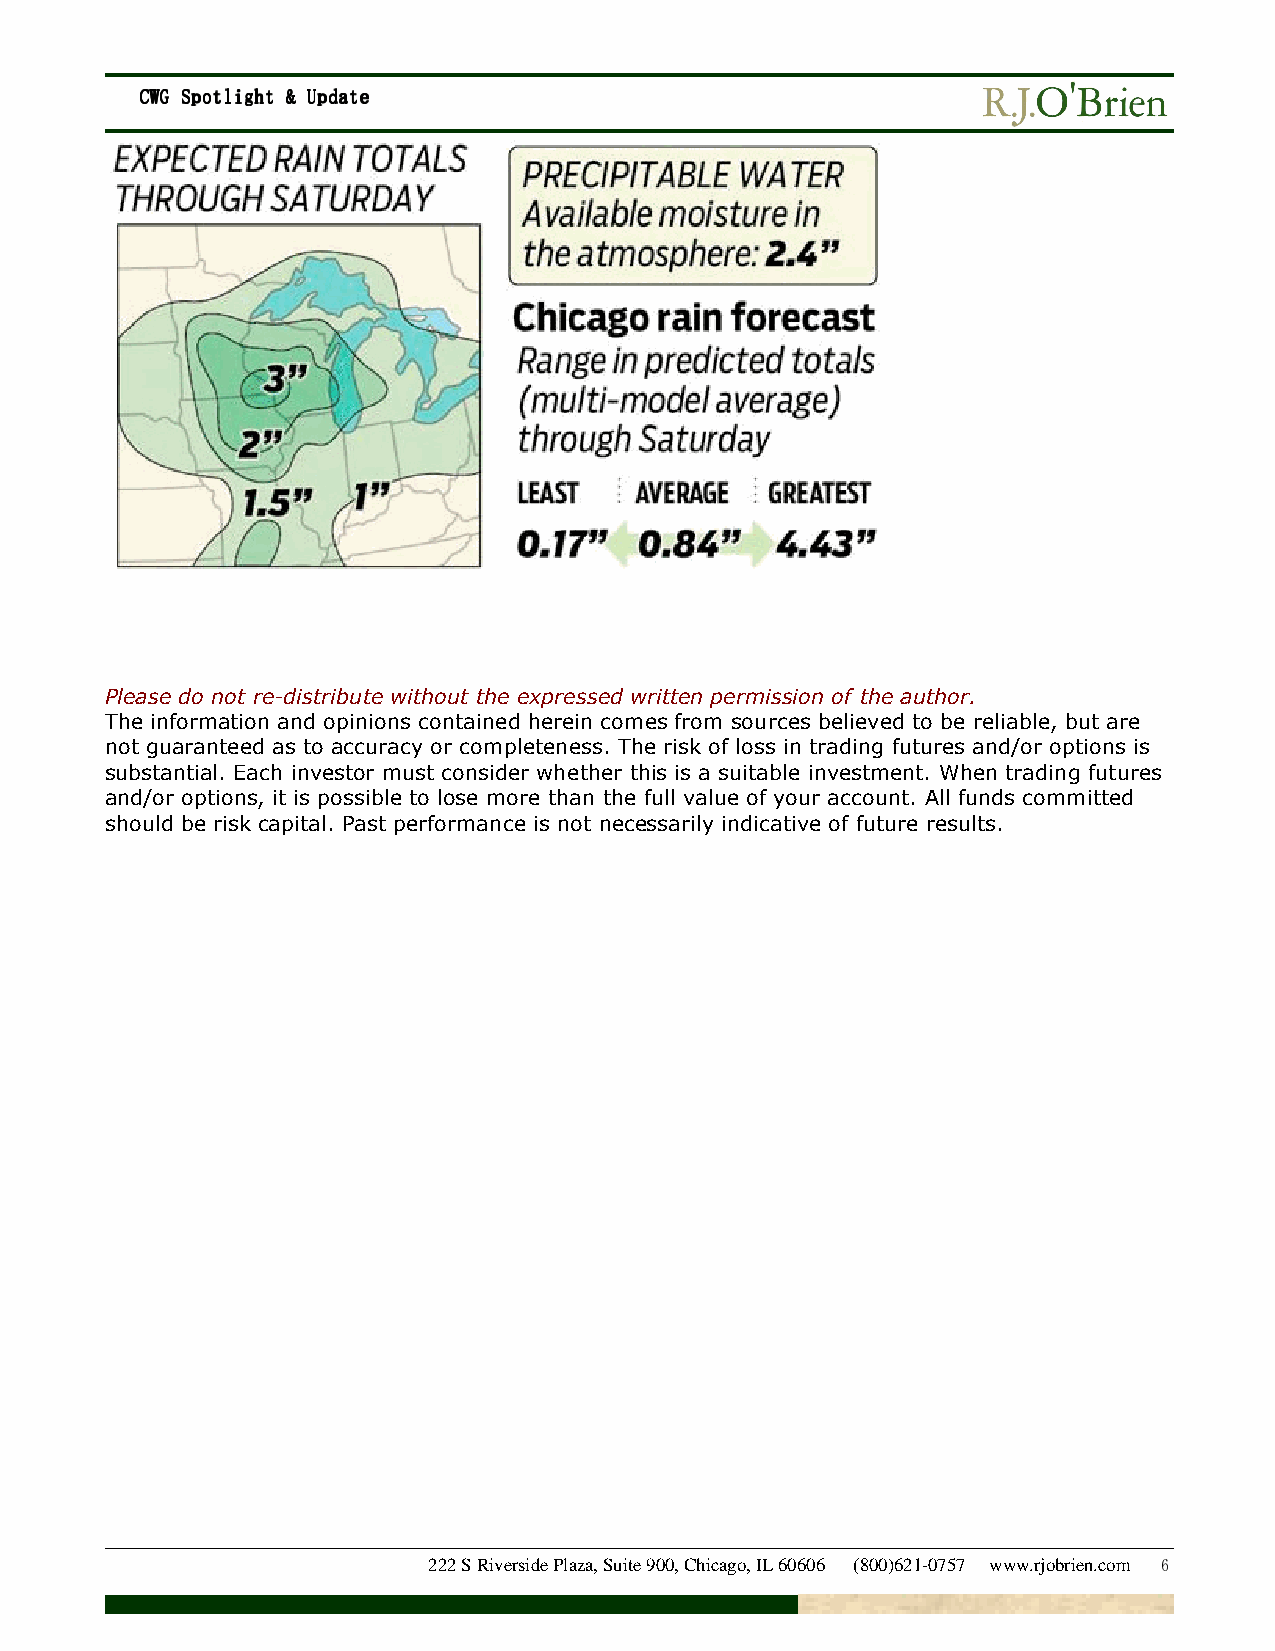
CCCCWWWWGGGG SSSSppppoooottttlllliiiigggghhhhtttt &&&& UUUUppppddddaaaatttteeee
 Please do not re-distribute without the expressed written permission of the author.
 The information and opinions contained herein comes from sources believed to be reliable, but are
 not guaranteed as to accuracy or completeness. The risk of loss in trading futures and/or options is
 substantial. Each investor must consider whether this is a suitable investment. When trading futures
 and/or options, it is possible to lose more than the full value of your account. All funds committed
 should be risk capital. Past performance is not necessarily indicative of future results.
 222 S Riverside Plaza, Suite 900, Chicago, IL 60606 (800)621-0757 www.rjobrien.com 6